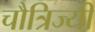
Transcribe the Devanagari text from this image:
चौत्रिज्यी